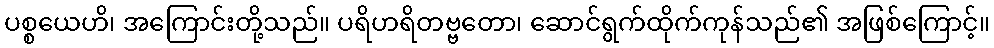
ပစ္စယေဟိ၊ အကြောင်းတို့သည်။ ပရိဟရိတဗ္ဗတော၊ ဆောင်ရွက်ထိုက်ကုန်သည်၏ အဖြစ်ကြောင့်။